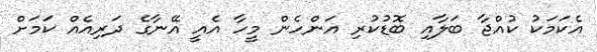
އެކަމަކު ކުއްޖާ ބަލާއި ބޮޑުކުރި އަންހެން މީހާ އެއީ އޭނާގެ ދަރިއެއް ކަމަށް